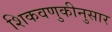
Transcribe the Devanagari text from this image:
शिकवणुकीनुसार